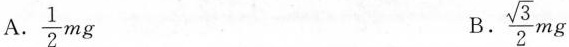
A. \frac{1}{2}mg B. \frac{\sqrt{3}}{2}mg